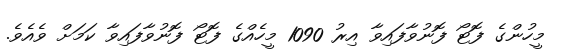
މީހުންގެ ފޮޓޯ ފޮނުވާފައިވާ އިރު 1090 މީހެއްގެ ފޮޓޯ ފޮނުވާފައިވާ ކަމަށް ވެއެވެ.